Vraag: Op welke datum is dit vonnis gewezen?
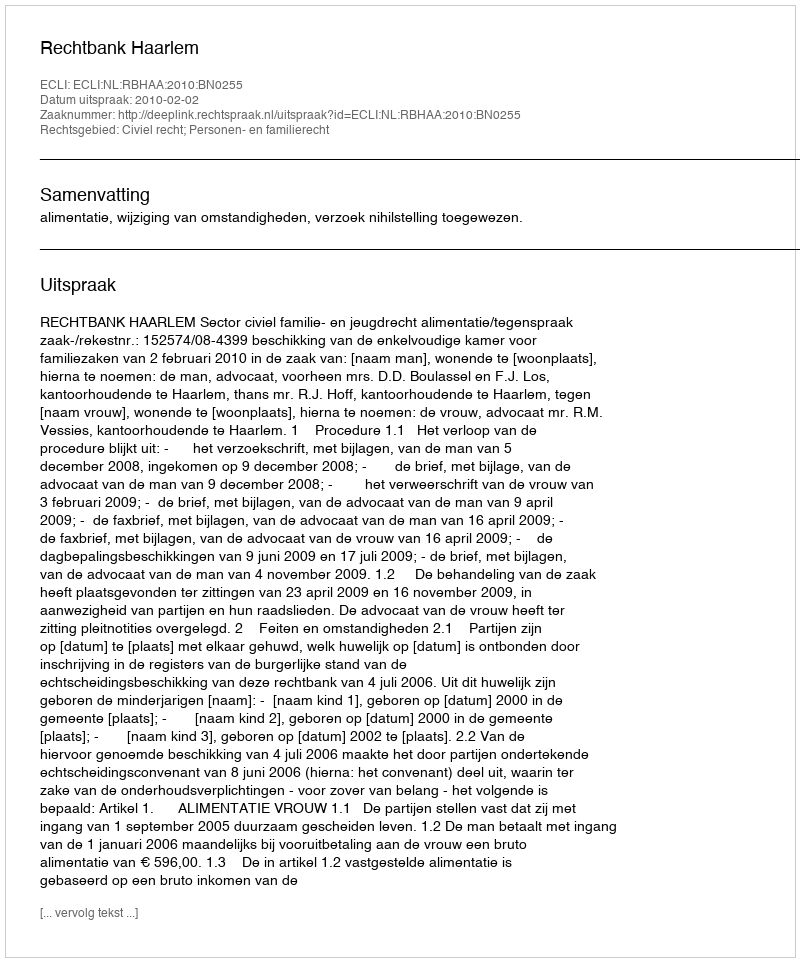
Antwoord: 2010-02-02